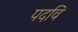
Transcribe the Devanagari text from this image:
पदवि